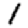
Digit: 1